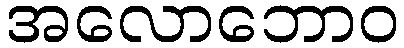
အလောဘောဝ